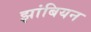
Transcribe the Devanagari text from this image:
झांबियन